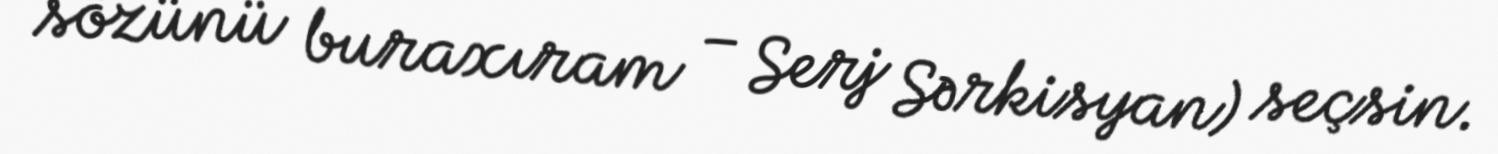
sözünü buraxıram – Serj Sərkisyan) seçsin.